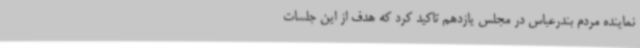
نماینده مردم بندرعباس در مجلس یازدهم تاکید کرد که هدف از این جلسات